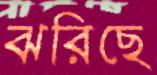
ঝরিছে